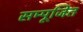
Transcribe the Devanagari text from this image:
सम्पूजित